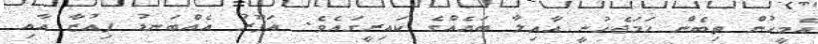
އެމީހުން ތިބެން ހަމަޖެހުނީ އާއިލާ ބައެއްގެ ކައިރީގައެވެ. ޣަފޫރު އެއްބަނޑު ފިއުޒާ އާއި